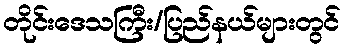
တိုင်းဒေသကြီး/ပြည်နယ်များတွင်